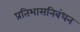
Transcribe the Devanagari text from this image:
प्रतिभासनिबंधन